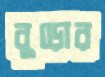
বুড়োর